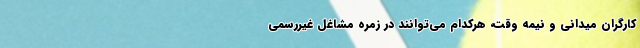
کارگران میدانی و نیمه وقت، هرکدام می‌توانند در زمره مشاغل غیررسمی